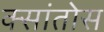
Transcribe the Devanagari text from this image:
क्सांतोस